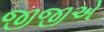
જીજીએ